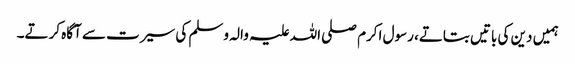
ہمیں دین کی باتیں بتاتے، رسول اکرم صلی اللہ علیہ والہ وسلم کی سیرت سے آگاہ کرتے۔